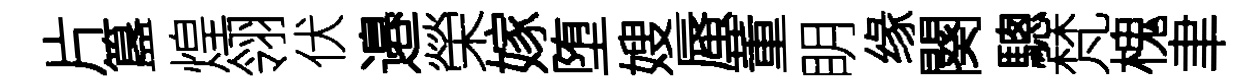
片簋煌翎伏邉榮嫁堕嫂蜃董眀缘闋驄梵槐聿